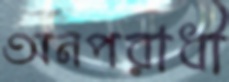
অনপরাধী